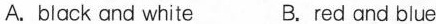
A.black and white B.red and blue